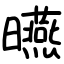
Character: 曣